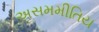
અસમમીતિય